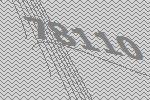
78110